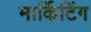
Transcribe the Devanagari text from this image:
मार्किटिंग